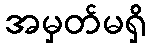
အမှတ်မရှိ